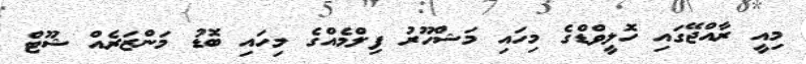
މިއީ ރާއްޖޭގައި ހޮލީވްޑްގެ މިހައި މަޝްހޫރު ފިލްމެއްގެ މިހައި ބޮޑު މަންޒަރެއް ޝޫޓް